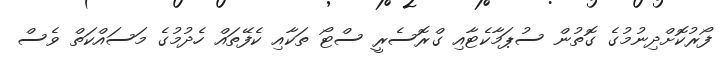
ފޯރުކޮށްދިނުމުގެ ގޮތުން ސުޕަމާކެޓާއި ގްރޮސެރީ ސްޓޯ ތަކާއި ކެފޭތައް ހެދުމުގެ މަސައްކަތް ވެސް